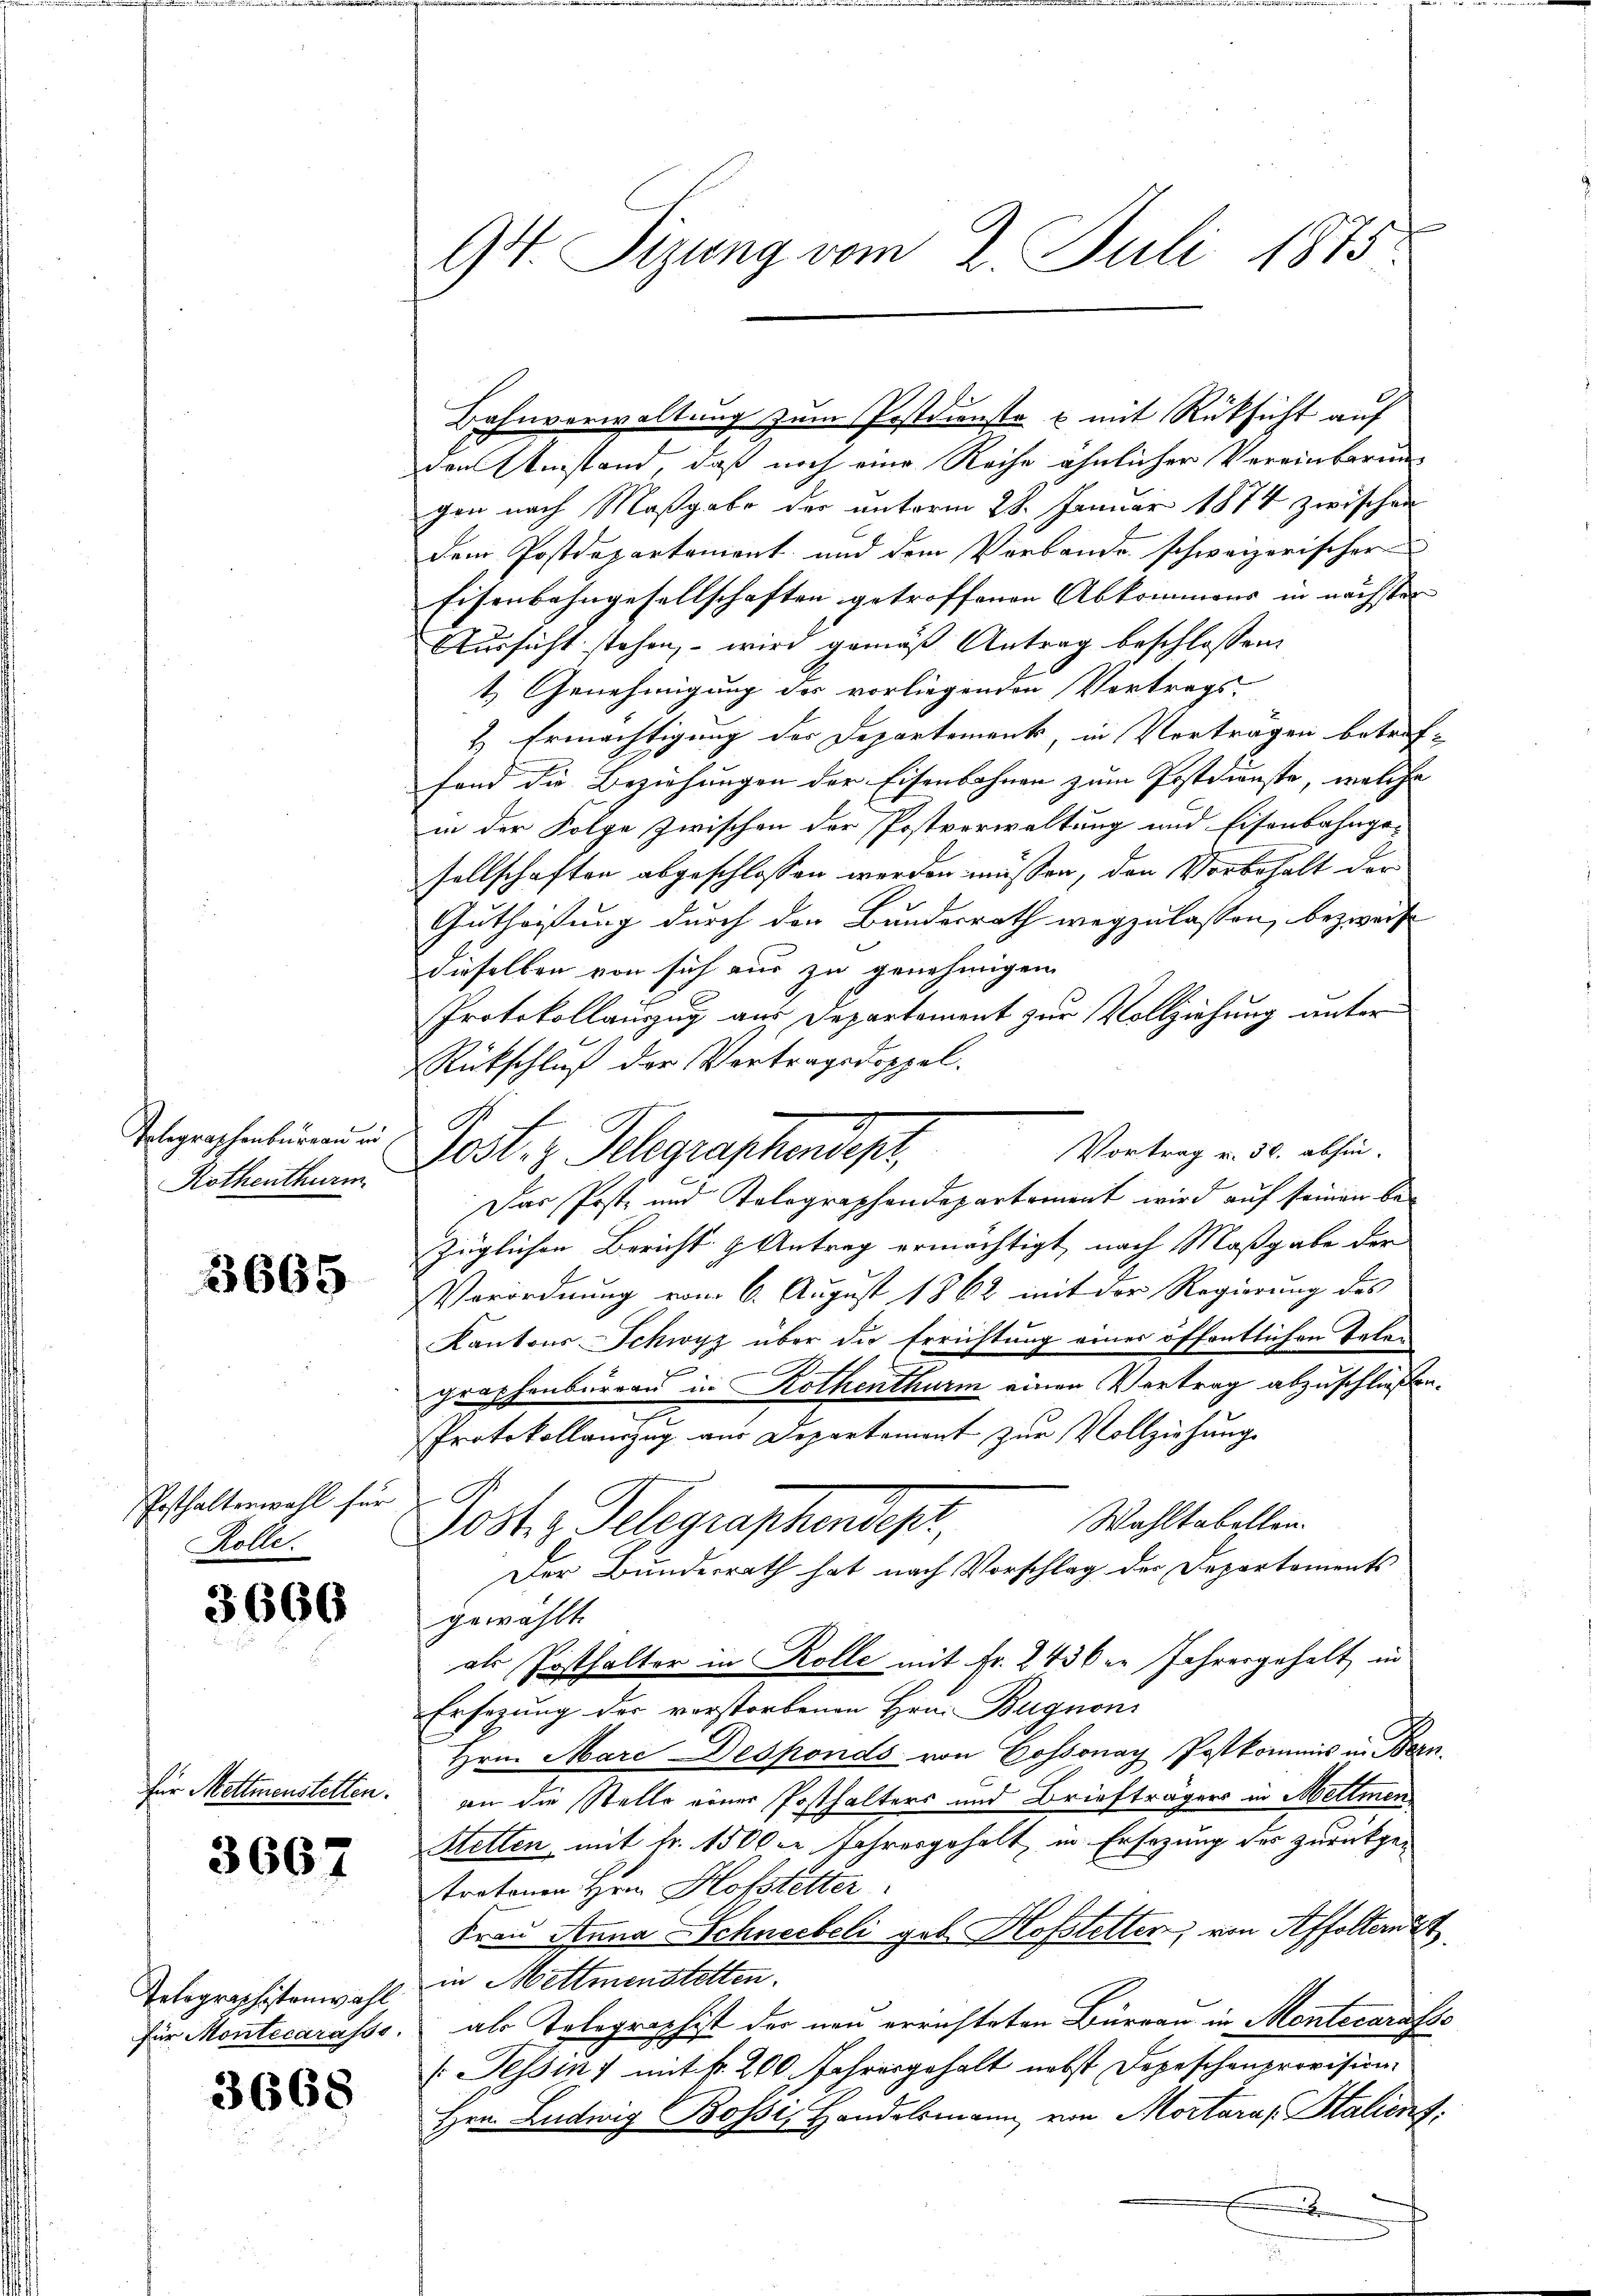
Telegraphenbureau in
Rothenthurm

3665

Posthaltenwohl für
Rolle.

3666

für Mettmenstetten.

3667

Telographistenwahl
für Montecarasso.

3668

94 Sizung vom 2. Juli 1875.

den Umstand, daß noch eine Reihe ähnlicher Vereinbarun
gen nach Maßgabe der unterm 28. Januar 1874 zwischen
dem Postdepartament und dem Verbande schweizerischer
Eisenbahngesellschaften getroffenen Abkommens in nächsten
Aussicht stehen, – wird gemäß Antrag beschlossen:
t. Genehmigung des vorliegenden Vortrags-
2 Ermächtigung des Departement, in Vortragen betreffand die Beziehungen der Eisenbahnen zum Postdienste, welche
in der Folge zwischen der Postverwaltung und Eisenbahnge-
sellschaften abgeschlossen werden müssen, den Vorbehalt der
Guthortung durch den Bundesrath wegzulassen, bezweife
dieselben von sich aus zu genehmigen.
Protokollauszug aus Departement zur Vollziehung unter
Rückschluß der Vertragsdoppel.
Vortrag u. 50. abhin-
Post. I. Klagraphendept,
Das Post- und Telegraphendepartement wird auf seinen bezüglichen Bericht & Antrag ermächtigt, nach Maßgabe der
Verordnung vom 6. August 1862 mit der Regierung des
Kantons Schwyz über die Errichtung eines öffentlichen Telen
2
graphenbürren in Rothenthurm einen Vertrag abzuschließen.
e
Protokollauszug aus Departement zur Vollziehung
.
Wahltabellen.
Jst Telegraphendest
Der Bundesrath hat nach Vorschlag der Departementsgewählt.
als Posthalter in Rolle mit Fr. 2430er Jahresgehalt in
Ersezung der verstorbenen Hrn. Bugnoni
Hrn. Marc Desponds von Cossonay, Postkommis in Bern.
an die Stelle einer Posthalters und Briefträgers in Mettmen
Retten, mit Fr. 1500 le Jahresgeholt, in Ersezung des zurückgetratonen Hrn. Hofstetter
Frau Anna Schneebeli geb. Hofstetter, von Affoltern
in Mettmenstetten.
als Tolographist der neu errichteten Büreau in Montecarasse
(Tessin 7 mit fr. 200. Jahresgehalt nebst Depeschenprovision.
Hrn. Ludwig Bossi, Handelsmann von Mortara Stalient.
x

Bahnverwaltung zum Postdienste u mit Rücksicht auf